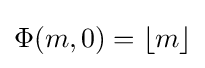
\Phi (m,0)=\lfloor m\rfloor